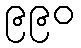
၉၉၀